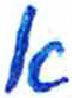
אות: א